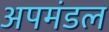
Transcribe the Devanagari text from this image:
अपमंडल